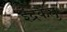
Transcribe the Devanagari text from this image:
इंद्रकेतु